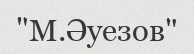
"М.Әуезов"